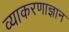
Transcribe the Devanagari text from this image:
व्याकरणाज्ञान